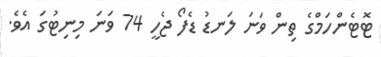
ޓޮޓެންހަމްގެ ތިން ވަނަ ލަނޑު ޑެފޯ ޖެހީ 74 ވަނަ މިނިޓުގަ އެވެ.